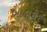
બાલઘર